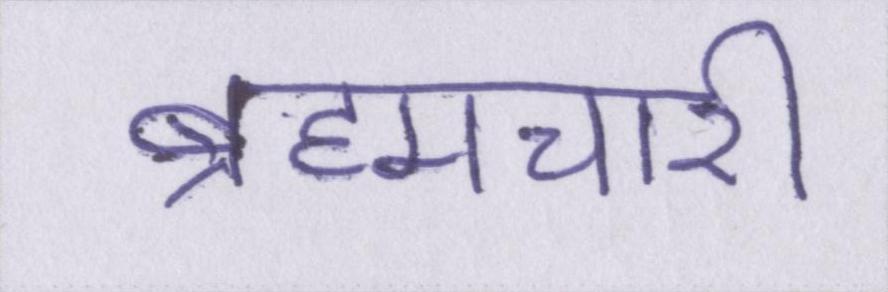
ब्रह्मचारी